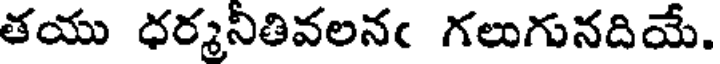
తయు ధర్మనీతివలనఁ గలుగునదియే.